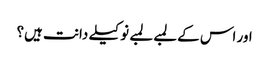
اور اس کے لمبے لمبے نوکیلے دانت ہیں؟